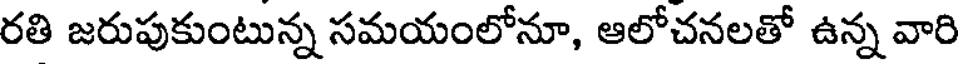
రతి జరుపుకుంటున్న సమయంలోనూ, ఆలోచనలతో ఉన్న వారి